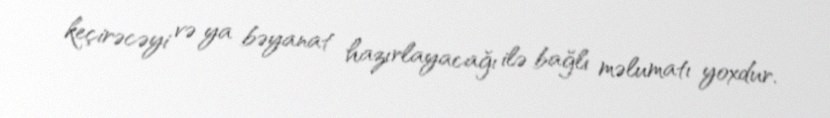
keçirəcəyi və ya bəyanat hazırlayacağı ilə bağlı məlumatı yoxdur.